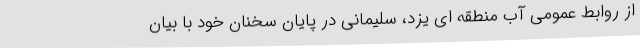
از روابط عمومی آب منطقه ای یزد، سلیمانی در پایان سخنان خود با بیان